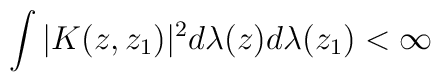
\int |K(z,z_{1})|^{2}d\lambda(z)d\lambda(z_{1})<\infty